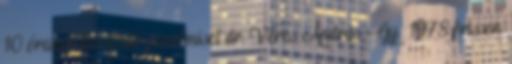
10 órakor kezdődő szentmisét dr. Veres András Gy 1978 frissen